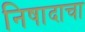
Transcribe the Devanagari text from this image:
निषादाचा